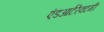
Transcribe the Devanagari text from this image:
एंडआर्टरेक्टमी